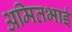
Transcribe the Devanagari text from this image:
अमितभाई